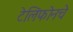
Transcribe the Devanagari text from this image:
टेलिफोनचे